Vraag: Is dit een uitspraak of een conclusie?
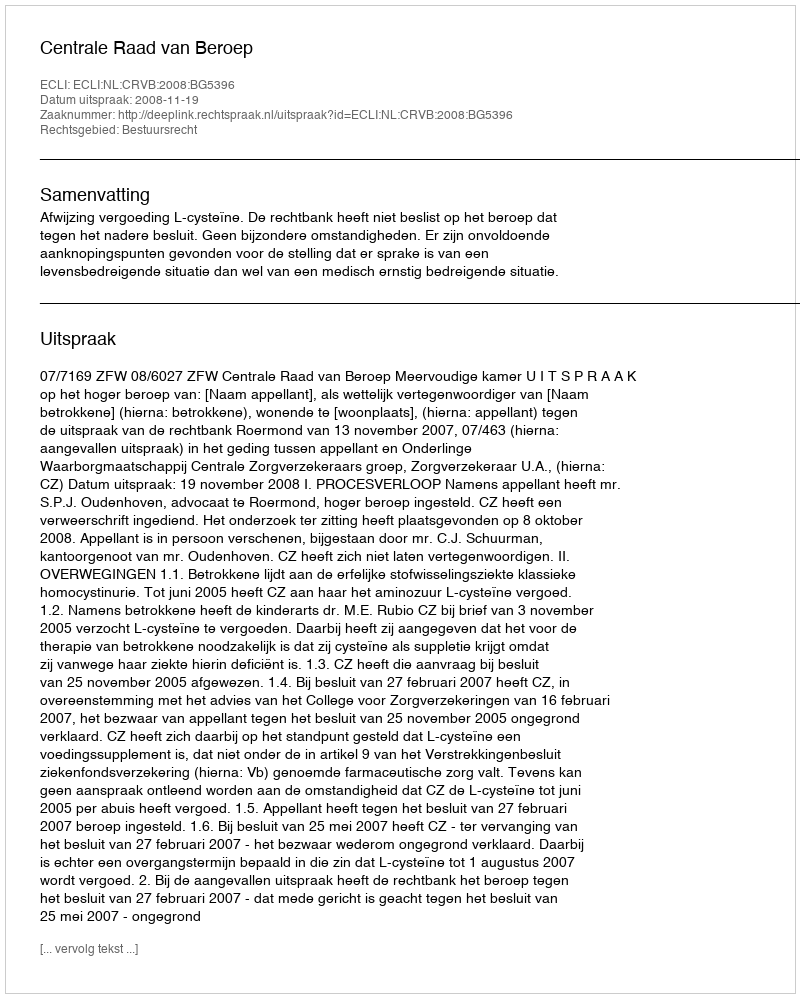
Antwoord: Uitspraak